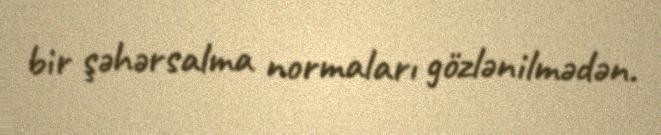
bir şəhərsalma normaları gözlənilmədən.